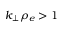
k _ { \perp } \rho _ { e } > 1